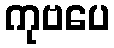
ကုဗပေ